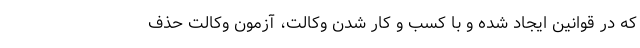
که در قوانین ایجاد شده و با کسب و کار شدن وکالت، آزمون وکالت حذف